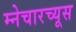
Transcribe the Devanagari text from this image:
म्नेचारच्यूस